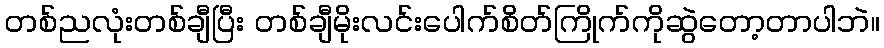
တစ်ညလုံးတစ်ချီပြီး တစ်ချီမိုးလင်းပေါက်စိတ်ကြိုက်ကိုဆွဲတော့တာပါဘဲ။